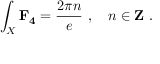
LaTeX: \int _ { X } \mathbf { F _ { 4 } } = \frac { 2 \pi n } { e } \ , \quad n \in { \bf Z } \ .